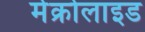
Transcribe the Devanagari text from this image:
मेक्रोलाइड